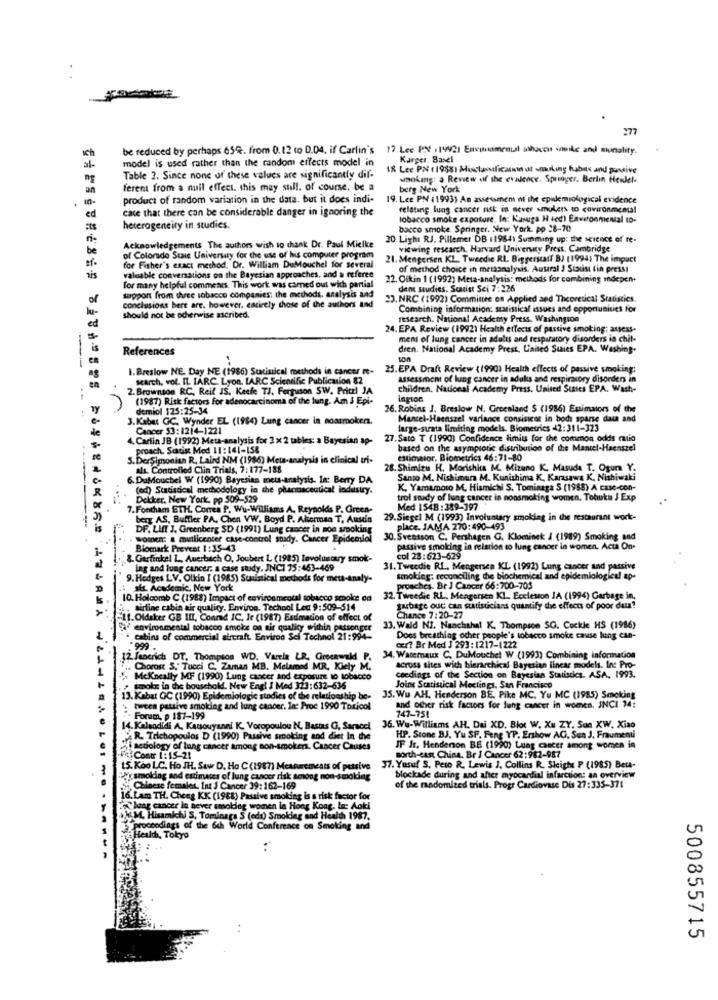
Ich
be reduced by perhaps 654. from 0.12 to 0.04. if Carlin's 17.Lee PX . 19921 Encimamental inhacon wiske and munality.
model is used rather than the random effects model in
Karger. Basel
18 Lee PN (19881 Miscluesaficaskin of nuking habits and ponsive
Table 2. Since none of these values are significantly dif-
woking: a Review of the evalence. Springer, Berlin Heidel-
ferent from a null effect. this may still. of course. be a
berg New York
product of random variation in the data. but it does indi-
19. Lee PN (1993) An assessment ni the epidemiological evidence
10
case that there can be considerable danger in ignoring the
relating lung cancer risk in sever smokers to covironmenta!
ed
tobacco smoke exposure. In: Kasuga H 4ed) Environmental to-
heterogeneity in studies.
bacco smoke Springer. New York, pp 28-70
20 Light RJ. Pillemer DB 11984) Summing up: the science of re-
Acknowledgements The authors wish to thank Dr. Paul Mielke
viewing research. Harvard University Press, Cambridge
of Colorado State University for the use of his computer program
21. Mengersen KL. Tweedie RL. Biggerscant BJ (1994) The impact
for Fither's exact method. Dr. William DuMouchel for several
of method choice in metaanalysis. Austral 3 Sinust fin pressi
valuable conversations on the Bayesian approaches, and a referee
22. Ofkin 1 (1992) Meta-analysis: methods for combining indepen.
for many helpful comments. This work was camed out with partial
den sudies. Scarist Sei 7:226
support from three tobacco companies: the methods, analysis and
23. NRC (1992) Committee on Applied and Theoretical Statistics.
conclusions bere are, however. entirely those of the authors and
Combining information: statistical issues and opportunities for
should not be ocherwise ascribed.
research. National Academy Press. Washington
24. EPA Review (1992) Health ettects of passive smoking: assess-
ment of lung cancer in adults and respiratory disorders in chit-
References
dren. National Academy Prest, United States EPA. Washing.
I.Breslow NE. Day NE (1986) Statistical methods in cancer re- 25.EPA Draft Review (1990) Health effects of passive smoking;
search, vol. IL IARC. Lyon. LARC Scientific Publication 82
assessment of lung cancer in adults and respiratory disorders in
2. Brownson RC. Reif IS, Keefe TJ. Ferguson SW. Pritel JA
children. Nauceal Academy Press. United Sunes EPA. Wash-
(1987) Risk factors for adenocarcinoma of the fung. Am J Epi-
ington
demiol 125:25-34
36. Robins J. Breslow N. Greenland $ (1986) Estimators of the
3. Kabet GC. Wynder EL (1994) Lung cancer in nonsmokers.
Mantel-Haenszel variance consisicot in boch sparse data and
Cancer 53: 1214-1221
farge-strata limiting models. Biometrics <2:311-323
4. Cariin JB (1992) Meta-analysis for 2 x 2 tables: a Bayesian ap-
27. Sato T (1990) Confidence limits for the common odds cio
proach. Scatist Med 11:141-158
based on the asymptotic distribution of the Mantel-Haenszel
5. DerSimonian R, Laird NM (1986) Meta-analysis in clinical uri-
estimator. Biometrics 46:71-80
als. Controlled Clin Trials, 7: 177-188
28. Shimizu H. Morishica M. Mizuno K. Masuda T. Ogur Y.
6. DuMouchel W (1990) Bayesian meta-analysis. In: Berry DA
Santo M. Nishimura M. Kunishima K. Karasawa K. Nishiwaki
(ed) Statistical methodology in the pharmaceutical industry.
K. Yamamoto M. Hismichi S. Tominaga S (1988) A case-con-
Dekker, New York, pp 509-529
trol study of lung cancer in nonsmoking women. Tohuka J Exp
7. Fonthamn ETH. Correa P. Wu-Williams A. Reynolds P. Green-
Med 1548:389-397
berg AS, Buffler PA. Chen VW. Boyd P. Alicrmsa T. Ausda
29.Siegel M (1993) Involuntary smoking in the restaurant work-
DF. LINT J. Greenberg SD (1991) Lung cancer in non smoking
Place. JAMA 270:490-493
women: & mutticenter case-control snady. Cancer Epidemiol
30. Svensson C. Pershagen G. Klominek / (1989) Smoking and
Biomark Prevent 1:35-43
passive smoking in relation to lung cancer in women. Act On-
8. Garfinkel L. Auerbach O, Joubert L (1985) Involuntary smok-
col 23:623-629
-
ing and lung cancer. a case study. JNC1 75:463-469
31. Tweedie RL. Mengensen KL (1992) Lung cancer and passive
9. Hodges LV. Olkin I (1985) Suniatical methods for meta-Analy-
smoking: reconciling the biochemical and epidemiological ap-
sts. Academic. New York
proaches. Br J Cancer 66:700-705
10. Holcomb C (1988) Impact of environmental tobacco smoke da
32. Tweedic RL, Mengersen KI. Eccleston JA (1994) Garbage in,
airline cabin air quality. Environ. Techpol Lett 9:509-514
garbage out can statisticians quantify the effects of poor data?
=11. Oldsker GB III, Conrad IC, Je (1987) Esdmation of effect of
Chance 7:20-27
environmental tobacco smoke on air quality within passenger
33. Wald NI. Nanchahal K. Thompson SG. Cockle HS (1986)
cabins of commercial aircraft. Environ Sci Technol 21:994-
Does breathing other people's tobacco smoke cause lung can-
999.
cert Br Med J 293:1217-1222
12. Jenerich DT. Thompson WD. Varele LR, Greenwald P.
34. Waternaux C. DuMouchet W (1993) Combining information
.. Chorost S.' Tucci C. Zaman MB. Melamed MR. Kiely M.
across sites with hierarchical Bayesian linear models. In: Pro-
h McKncally MF (1990) Lung cancer and exposure to tobacco
ceedings of the Section on Bayesian Statistics. ASA, 1993.
smoke in the bouschold. New Engl J Med 323:632-636
Joinx Statistical Meetings, San Francisco
13. Kabat GC (1990) Epidemiologic studies of the relationship be-
35. Wu AH. Henderson BE. Pike MC. Yu MC (1985) Smoking
tween passive smoking and lung cancer. In: Proc 1990 Toxicol
and other risk factors for lung cancer in women. INCI 34:
Foram, p 187-199
747-751
14.Kalsadidi A. Kanouyanni K. Voropoulou N, Bastas G, Saracel
36. Wu-Williams AH. Dai XD. Blot W. Xu ZY. Sua XW. Xiao
R. Trichopoulos D (1990) Passive smoking and diet In the
HP. Stone BJ. Yu SP. Feng YP. Enshow AG. Sen J. Fraumenti
Si sedology of lung cancer among non-smokers. Cancer Causes
north-east China. Br 1 Cancer 62:982-987
IF Ir, Henderson BE (1990) Lung cancer among women in
-Vi Contr 1: 15-21
15. Koo LC. Ho JH. Saw D. Ho C(1987) Measurements of petsive
37. Yusuf S, Pero R. Lewis J. Collins R. Sleight P (1985) Beta-
Egy smoking and estimates of lung cancer risk towoog non-smokdie
blockade during and after myocardial infarction: an overview
Chinese females. Int J Cancer 39:162-169
of the randomized trials. Progr Cardiovase Dis 27:335-371
16. Lam TH. Cheeg KK (1988) Passive smoking is s risk factor for
Slang cancer in never smoklog women la Hong Kong, la: Aoki
ak M. Hisamichi S, Tominaga S (edi) Smoking and Health 1987,
proceedings of the 6th World Conference on Smoking and
Health, Tokyo
500855715